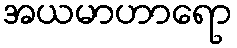
အယမာဟာရော